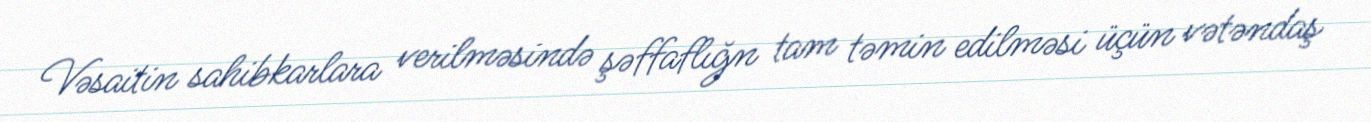
Vəsaitin sahibkarlara verilməsində şəffaflığn tam təmin edilməsi üçün vətəndaş